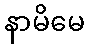
နာမိမေ